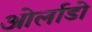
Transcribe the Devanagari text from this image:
ओर्लाडो